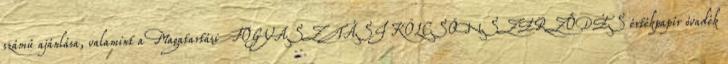
számú ajánlása, valamint a Magatartási FOGYASZTÁSI KÖLCSÖNSZERZŐDÉS értékpapír óvadék